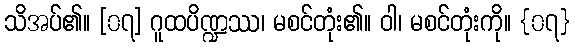
သိအပ်၏။ [၀၇] ဂူထပိဏ္ဍဿ၊ မစင်တုံး၏။ ဝါ၊ မစင်တုံးကို။ {၀၇}